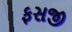
ફસજી